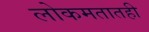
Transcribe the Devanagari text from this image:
लोकमतातही